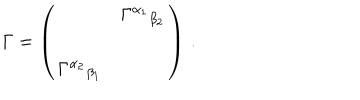
\Gamma = \left( \begin{array} { c c } { { } } & { { \Gamma ^ { \alpha _ { 1 } } { } _ { \beta _ { 2 } } } } \\ { { } } & { { } } \\ { { \Gamma ^ { \alpha _ { 2 } } { } _ { \beta _ { 1 } } } } & { { } } \\ \end{array} \right) \, .